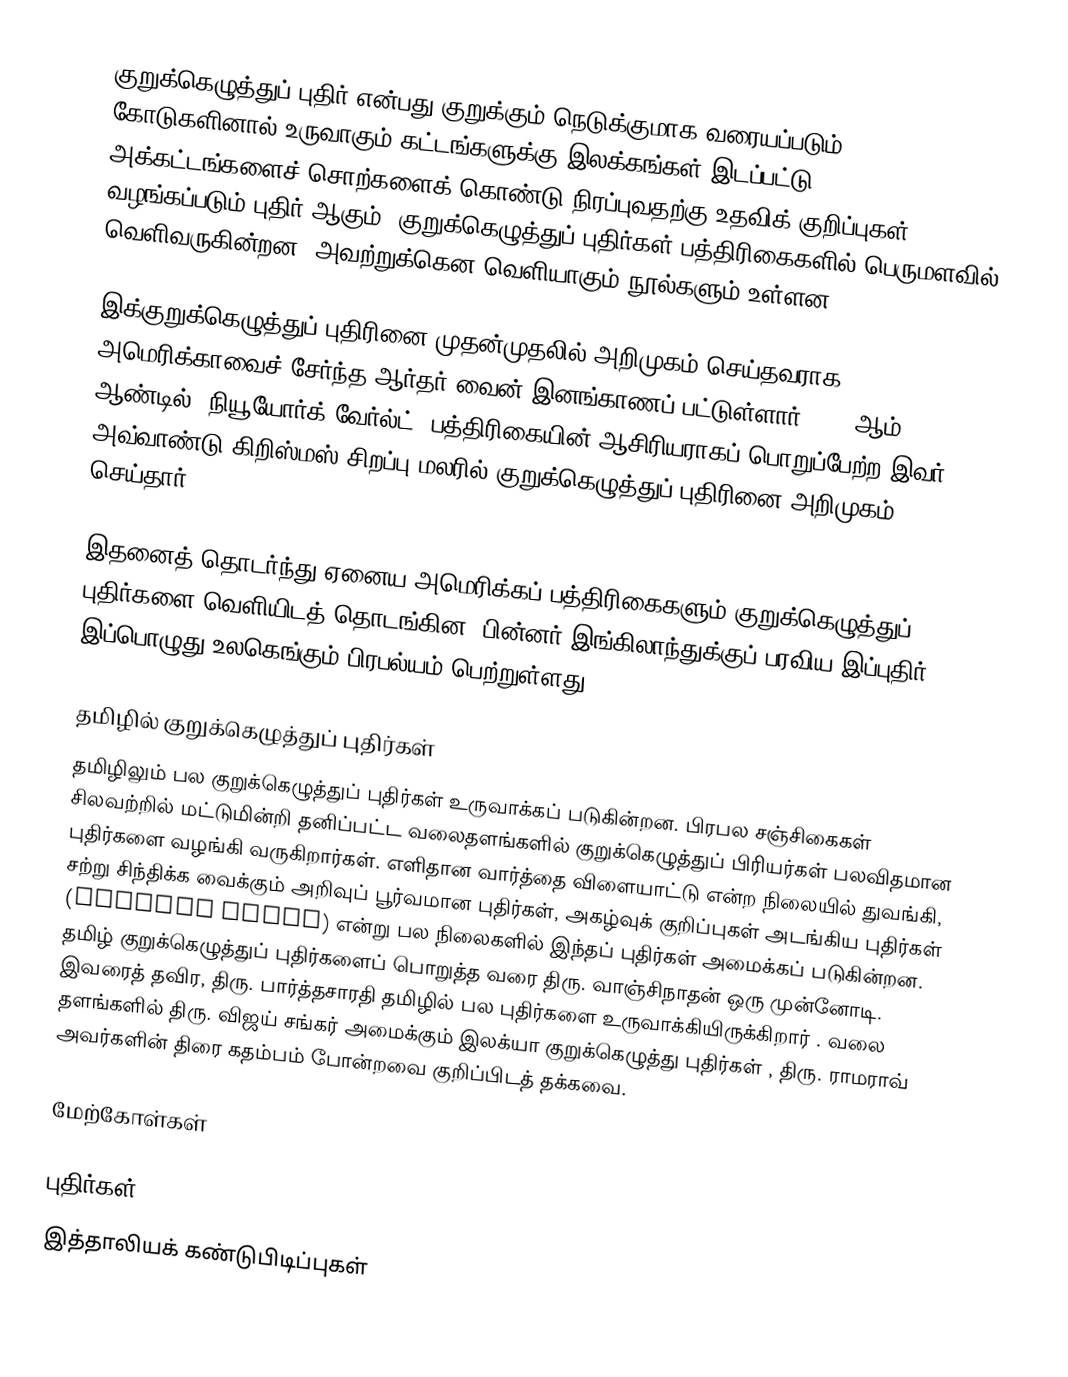
குறுக்கெழுத்துப் புதிர் என்பது குறுக்கும் நெடுக்குமாக வரையப்படும் கோடுகளினால் உருவாகும் கட்டங்களுக்கு இலக்கங்கள் இடப்பட்டு அக்கட்டங்களைச் சொற்களைக் கொண்டு நிரப்புவதற்கு உதவிக் குறிப்புகள் வழங்கப்படும் புதிர் ஆகும். குறுக்கெழுத்துப் புதிர்கள் பத்திரிகைகளில் பெருமளவில் வெளிவருகின்றன. அவற்றுக்கென வெளியாகும் நூல்களும் உள்ளன.

இக்குறுக்கெழுத்துப் புதிரினை முதன்முதலில் அறிமுகம் செய்தவராக அமெரிக்காவைச் சேர்ந்த ஆர்தர் வைன் இனங்காணப் பட்டுள்ளார். 1913ஆம் ஆண்டில் "நியூயோர்க் வேர்ல்ட்" பத்திரிகையின் ஆசிரியராகப் பொறுப்பேற்ற இவர் அவ்வாண்டு கிறிஸ்மஸ் சிறப்பு மலரில் குறுக்கெழுத்துப் புதிரினை அறிமுகம் செய்தார்.

இதனைத் தொடர்ந்து ஏனைய அமெரிக்கப் பத்திரிகைகளும் குறுக்கெழுத்துப் புதிர்களை வெளியிடத் தொடங்கின. பின்னர் இங்கிலாந்துக்குப் பரவிய இப்புதிர் இப்பொழுது உலகெங்கும் பிரபல்யம் பெற்றுள்ளது.

தமிழில் குறுக்கெழுத்துப் புதிர்கள்
தமிழிலும் பல குறுக்கெழுத்துப் புதிர்கள் உருவாக்கப் படுகின்றன. பிரபல சஞ்சிகைகள் சிலவற்றில் மட்டுமின்றி தனிப்பட்ட வலைதளங்களில் குறுக்கெழுத்துப் பிரியர்கள் பலவிதமான புதிர்களை வழங்கி வருகிறார்கள். எளிதான வார்த்தை விளையாட்டு என்ற நிலையில் துவங்கி, சற்று சிந்திக்க வைக்கும் அறிவுப் பூர்வமான புதிர்கள், அகழ்வுக் குறிப்புகள் அடங்கிய புதிர்கள் (cryptic clues) என்று பல நிலைகளில் இந்தப் புதிர்கள் அமைக்கப் படுகின்றன. தமிழ் குறுக்கெழுத்துப் புதிர்களைப் பொறுத்த வரை திரு. வாஞ்சிநாதன் ஒரு முன்னோடி. இவரைத் தவிர, திரு. பார்த்தசாரதி தமிழில் பல புதிர்களை உருவாக்கியிருக்கிறார்  . வலை தளங்களில் திரு. விஜய் சங்கர் அமைக்கும் இலக்யா குறுக்கெழுத்து புதிர்கள் , திரு. ராமராவ் அவர்களின் திரை கதம்பம் போன்றவை குறிப்பிடத் தக்கவை.

மேற்கோள்கள்

புதிர்கள்
இத்தாலியக் கண்டுபிடிப்புகள்